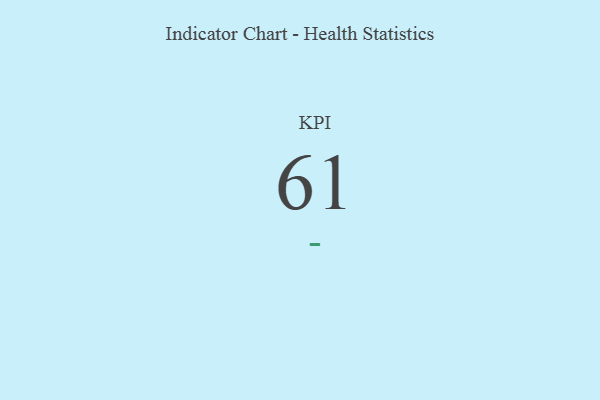
{"axis": {"x": "KPI", "y": "Value"}, "legend": [""], "data": [{"x": "KPI", "y": 61, "type": ""}]}